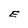
Character: E